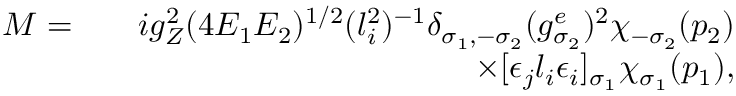
\begin{array} { r l r } { { \cal M } = } & { } & { i g _ { Z } ^ { 2 } ( 4 E _ { 1 } E _ { 2 } ) ^ { 1 / 2 } ( l _ { i } ^ { 2 } ) ^ { - 1 } \delta _ { \sigma _ { 1 } , - \sigma _ { 2 } } ( g _ { \sigma _ { 2 } } ^ { e } ) ^ { 2 } \chi _ { - \sigma _ { 2 } } ( p _ { 2 } ) } \\ & { } & { \times [ \epsilon _ { j } l _ { i } \epsilon _ { i } ] _ { \sigma _ { 1 } } \chi _ { \sigma _ { 1 } } ( p _ { 1 } ) , } \end{array}